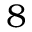
8